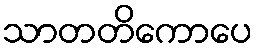
သာတတိကောပေ